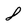
Character: 8